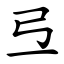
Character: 弖